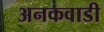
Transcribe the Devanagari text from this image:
अनकवाडी